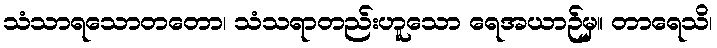
သံသာရသောတတော၊ သံသရာတည်းဟူသော ရေအယာဉ်မှ။ တာရေသိ၊